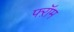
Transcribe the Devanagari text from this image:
फ्ऱॉम